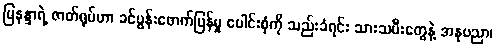
မြနန္ဒာရဲ့ ဇာတ်ရုပ်ဟာ ခင်ပွန်းဖောက်ပြန်မှု ပေါင်းစုံကို သည်းခံရင်း သားသမီးတွေနဲ့ အနုပညာ၊